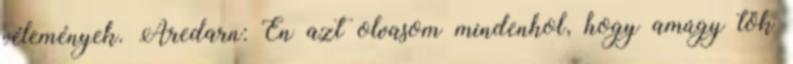
vélemények. Aredarn: Én azt olvasom mindenhol, hogy amúgy tök